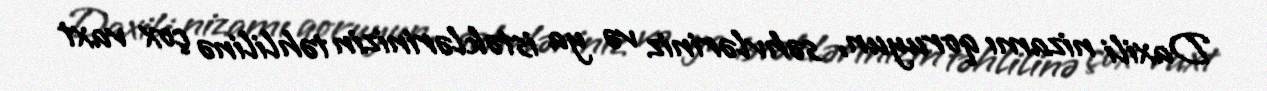
Daxili nizamı qoruyun, səhvləriniz və ya istəklərinizin təhlilinə çox vaxt